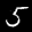
Label: 5